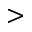
>